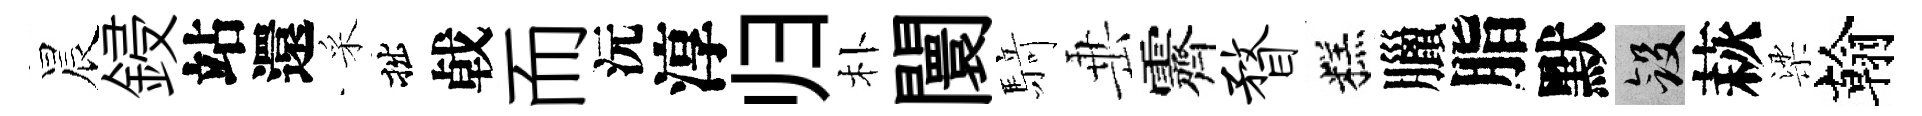
晨鋟站還采拙㦸而沅淳归朴闤𮪍𡸁霽瞀糕臘脂默斂萩梁翰